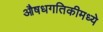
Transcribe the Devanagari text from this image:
औषधगतिकीमध्ये